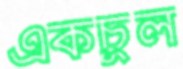
একচুল